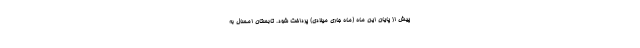
پیش از پایان این ماه (ماه جاری میلادی) پرداخت شود. تابستان امسال به